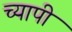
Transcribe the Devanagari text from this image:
च्यापी